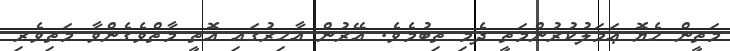
މަތީން ހެޔޮ ޢަމަލުކުރުންމަތީ ދެމި ތިބުމެވެ. އޭރުން އާޚިރުގައި އޮތީ މާތްވެގެންވާ މަތިވެރި